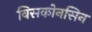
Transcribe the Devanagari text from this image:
विसकोनसिन